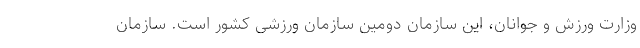
وزارت ورزش و جوانان، این سازمان دومین سازمان ورزشی کشور است. سازمان